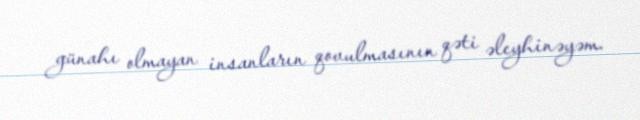
günahı olmayan insanların qovulmasının qəti əleyhinəyəm.